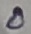
Text: 0